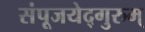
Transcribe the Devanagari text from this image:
संपूजयेद्गुरुम्